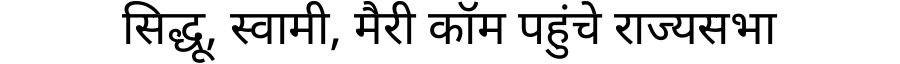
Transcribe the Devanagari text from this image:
सिद्धू, स्वामी, मैरी कॉम पहुंचे राज्यसभा